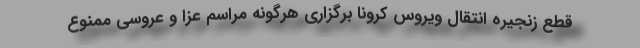
قطع زنجیره انتقال ویروس کرونا برگزاری هرگونه مراسم عزا و عروسی ممنوع